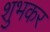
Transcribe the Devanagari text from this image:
शुभकर